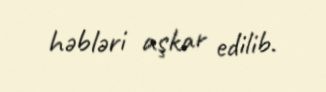
həbləri aşkar edilib.